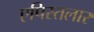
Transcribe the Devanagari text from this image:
एपिस्तलार